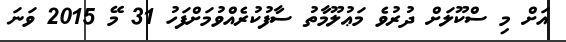
އަށް މި ސްކޫލަށް ދުރުވެ މަޢުލޫމާތު ސާފުކުރެއްވުމަށްފަހު 31 މޭ 2015 ވަނަ